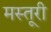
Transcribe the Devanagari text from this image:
मस्तूरी